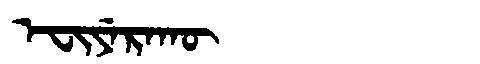
Manchu: ᡝᠸᡳᠶᡝᡵᠠᡴᡡ
Romanization: EFIYERAKŪ